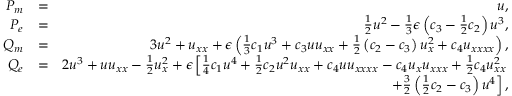
\begin{array} { r l r } { P _ { m } } & { = } & { u , } \\ { P _ { e } } & { = } & { \frac { 1 } { 2 } u ^ { 2 } - \frac { 1 } { 3 } \epsilon \left( c _ { 3 } - \frac { 1 } { 2 } c _ { 2 } \right) u ^ { 3 } , } \\ { Q _ { m } } & { = } & { 3 u ^ { 2 } + u _ { x x } + \epsilon \left( \frac { 1 } { 3 } c _ { 1 } u ^ { 3 } + c _ { 3 } u u _ { x x } + \frac { 1 } { 2 } \left( c _ { 2 } - c _ { 3 } \right) u _ { x } ^ { 2 } + c _ { 4 } u _ { x x x x } \right) , } \\ { Q _ { e } } & { = } & { 2 u ^ { 3 } + u u _ { x x } - \frac { 1 } { 2 } u _ { x } ^ { 2 } + \epsilon \left[ \frac { 1 } { 4 } c _ { 1 } u ^ { 4 } + \frac { 1 } { 2 } c _ { 2 } u ^ { 2 } u _ { x x } + c _ { 4 } u u _ { x x x x } - c _ { 4 } u _ { x } u _ { x x x } + \frac { 1 } { 2 } c _ { 4 } u _ { x x } ^ { 2 } \right. } \\ & { } & { \left. \mathrm + \frac { 3 } { 2 } \left( \frac { 1 } { 2 } c _ { 2 } - c _ { 3 } \right) u ^ { 4 } \right] , } \end{array}